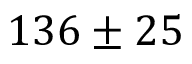
1 3 6 \pm 2 5